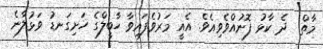
މާތް  ދެ ކާޅު ފޮނުއްވެވިއެވެ. އެއީ މަރުވެފައިވާ ހާބީލްގެ ހަށިގަނޑު ވަޅުލާނެ